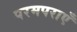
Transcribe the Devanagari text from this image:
परमपराएँ